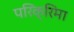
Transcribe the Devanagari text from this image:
परिक्रिमा